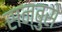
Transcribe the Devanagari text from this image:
सन्बुसे